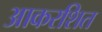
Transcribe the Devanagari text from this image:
आकरशित